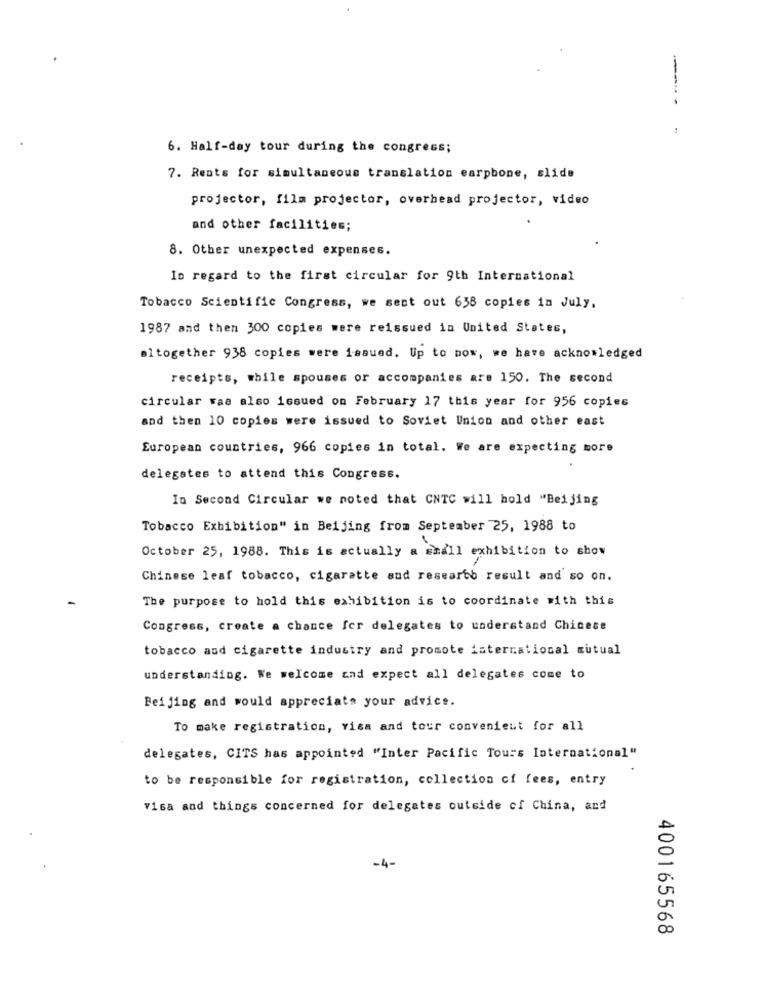
6. Half-day tour during the congress;
7. Rents for simultaneous translation earphone, slide
projector, film projector, overhead projector, video
and other facilities;
8. Other unexpected expenses.
In regard to the first circular for 9th International
Tobacco Scientific Congress, we sent out 638 copies in July,
1987 and then 300 copies were reissued in United States,
altogether 938 copies were issued. Up to now, we have acknowledged
receipts, while spouses or accompanies are 150. The second
circular Faa also issued on February 17 this year for 956 copies
and then 10 copies were issued to Soviet Union and other east
European countries, 966 copies in total. We are expecting more
delegates to attend this Congress.
In Second Circular we noted that CNTC will hold "Beijing
Tobacco Exhibition" in Beijing from September 25, 1988 to
October 25, 1988. This is actually a endll exhibition to show
Chinese leaf tobacco, cigarette and research result and so on.
The purpose to hold this exhibition is to coordinate with this
Congress, create a chance for delegates to understand Chicese
tobacco and cigarette industry and promote international mutual
understanding. We welcome and expect all delegates come to
Beijing and would appreciate your advice.
To make registration, visa and tour convenient for all
delegates, CITS has appointed "Inter Pacific Tours International"
to be responsible for registration, collection of fees, entry
visa and things concerned for delegates outside of China, and
-4-
400165568